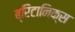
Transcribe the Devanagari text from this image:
ब्रिटानिक्स